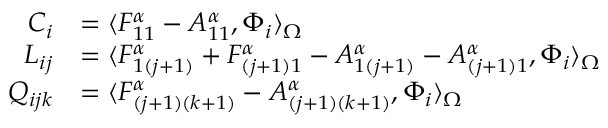
\begin{array} { r l } { C _ { i } } & { = \langle F _ { 1 1 } ^ { \alpha } - A _ { 1 1 } ^ { \alpha } , \Phi _ { i } \rangle _ { \Omega } } \\ { L _ { i j } } & { = \langle F _ { 1 ( j + 1 ) } ^ { \alpha } + F _ { ( j + 1 ) 1 } ^ { \alpha } - A _ { 1 ( j + 1 ) } ^ { \alpha } - A _ { ( j + 1 ) 1 } ^ { \alpha } , \Phi _ { i } \rangle _ { \Omega } } \\ { Q _ { i j k } } & { = \langle F _ { ( j + 1 ) ( k + 1 ) } ^ { \alpha } - A _ { ( j + 1 ) ( k + 1 ) } ^ { \alpha } , \Phi _ { i } \rangle _ { \Omega } } \end{array}